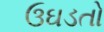
ઉઘડતો